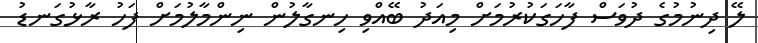
ލޭ ދިނުމުގެ ދުވަސް ފާހަގަކުރުމަށް މިއަދު ބޭއްވި ހިނގާލުން ނިންމާލުމަށް ފަހު ރާޅުގަނޑު